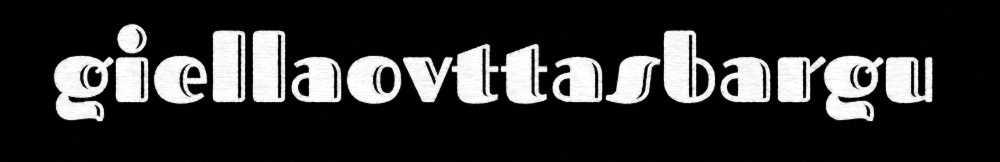
giellaovttasbargu